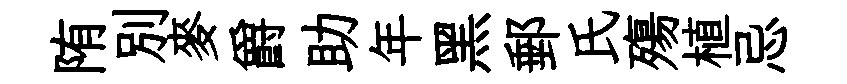
陏別麥爵助年黑郵氏殤植忌